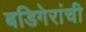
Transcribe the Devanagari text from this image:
बडिगेरांची